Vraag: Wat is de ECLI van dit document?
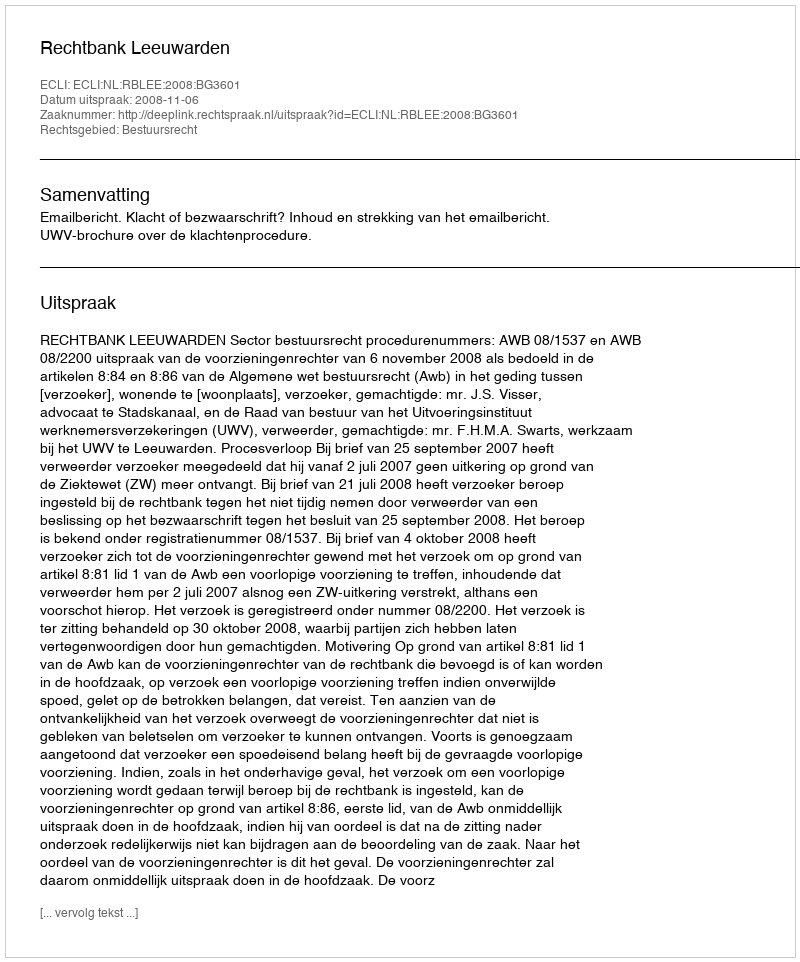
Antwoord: ECLI:NL:RBLEE:2008:BG3601